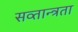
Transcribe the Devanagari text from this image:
सव्तान्त्रता